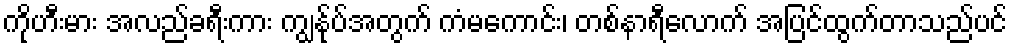
ကိုဟီးမား အလည်ခရီးကား ကျွန်ုပ်အတွက် ကံမကောင်း၊ တစ်နာရီလောက် အပြင်ထွက်တာသည်ပင်